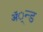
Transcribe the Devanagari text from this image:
ॲ्न्ड